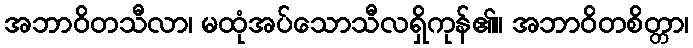
အဘာဝိတသီလာ၊ မထုံအပ်သောသီလရှိကုန်၏။ အဘာဝိတစိတ္တာ၊